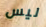
ليس